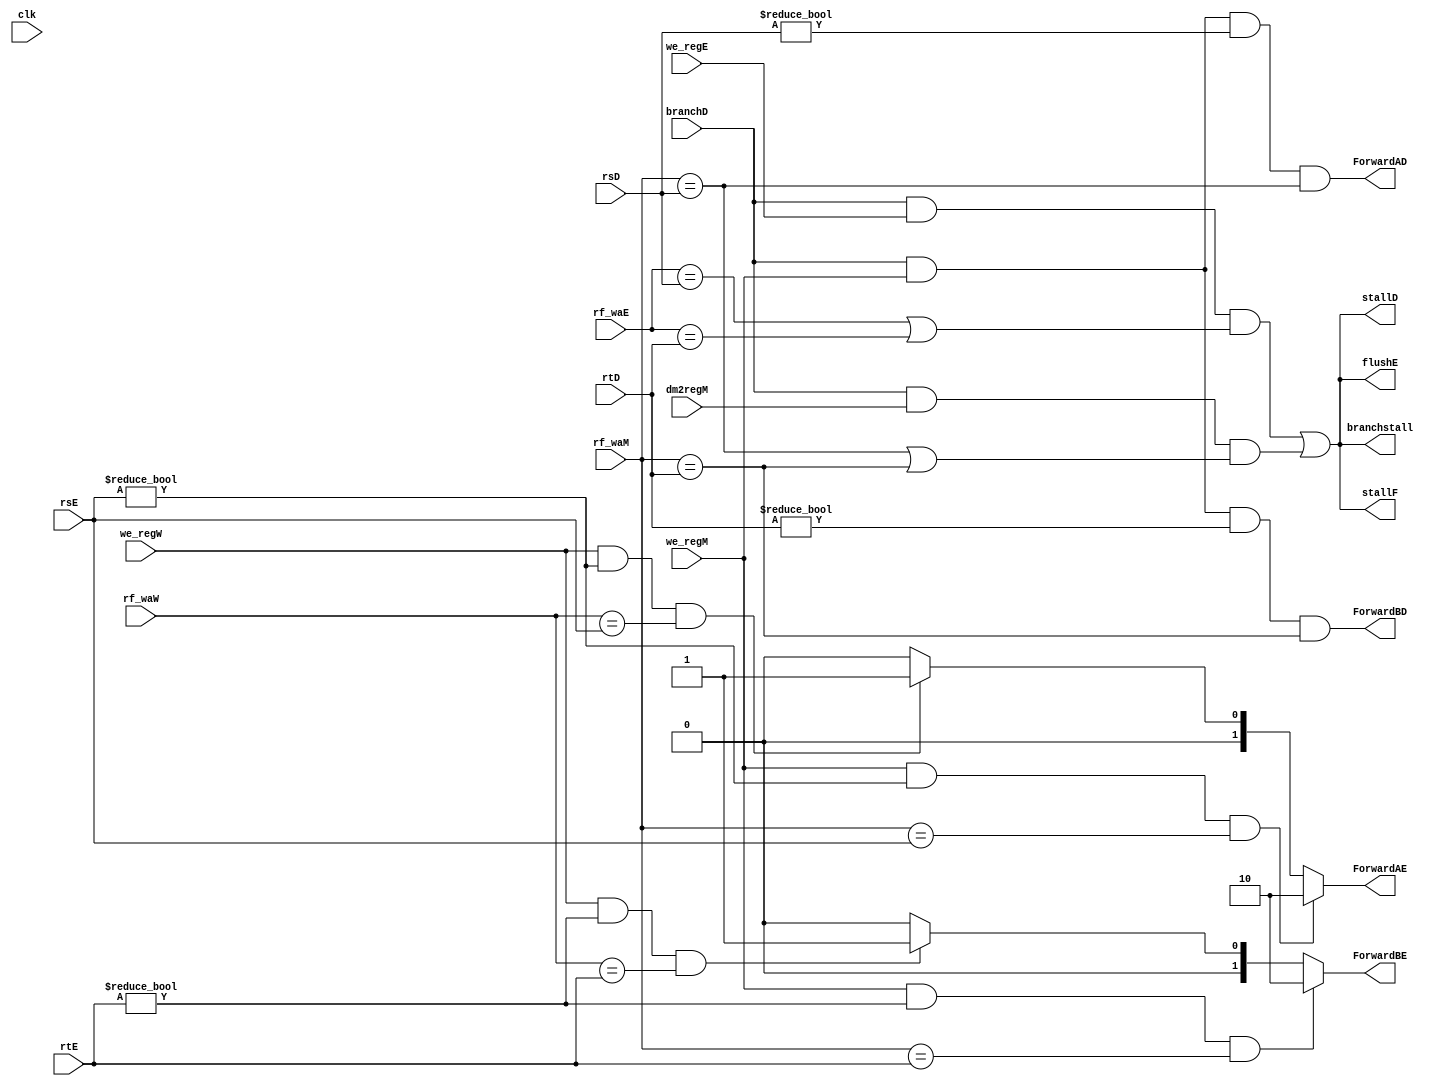
module HazardUnit(
    input  wire clk,
    input  wire branchD,
    input  wire we_regM,
    input  wire [4:0]   rsD,
    input  wire [4:0]   rtD,
    input  wire [4:0]   rsE,
    input  wire [4:0]   rtE,
    input  wire [4:0]   rf_waM,
    input  wire [4:0]   rf_waW,
    input  wire we_regE,
    input  wire we_regW,
    input  wire dm2regM,
    input  wire [4:0]   rf_waE,
    output reg ForwardAD,
    output reg ForwardBD,
    output reg [1:0] ForwardAE,
    output reg [1:0] ForwardBE,
    output reg branchstall,
    output reg stallF,
    output reg stallD,
    output reg flushE
);

initial begin
    ForwardAD = 1'h0;
    ForwardBD = 1'h0;
    ForwardAE = 2'h00;
    ForwardBE = 2'h00;
    branchstall = 1'h0;
    stallF = 1'h0;
    stallD = 1'h0;
    flushE = 1'h0;
end
always @(*) begin
    ForwardAD = branchD & we_regM & (rsD != 0) & (rf_waM == rsD);
    ForwardBD = branchD & we_regM & (rtD != 0) & (rf_waM == rtD);
    if (we_regM && (rsE != 0) && (rf_waM == rsE))
        ForwardAE = 2'b10;
    else if (we_regW && (rsE != 0) && (rf_waW == rsE))
        ForwardAE = 2'b01;
    else
         ForwardAE = 2'h00;
    if (we_regM && (rtE != 0) && (rf_waM == rtE))
        ForwardBE = 2'b10;
    else if (we_regW && (rtE != 0) && (rf_waW == rtE))
        ForwardBE = 2'b01; 
    else
         ForwardBE = 2'h00;
    
    branchstall = (branchD & we_regE & ((rf_waE == rsD) || (rf_waE == rtD))) ||
                      (branchD & dm2regM & ((rf_waM == rsD) || (rf_waM == rtD)));
    // change these to lwstall || branchstall
    stallF = branchstall;
    stallD = branchstall;
    flushE = branchstall;
end

endmodule